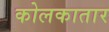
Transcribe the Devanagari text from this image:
कोलकातार